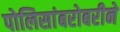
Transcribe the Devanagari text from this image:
पोलिसांबरोबरीने